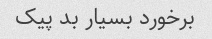
برخورد بسیار بد پیک